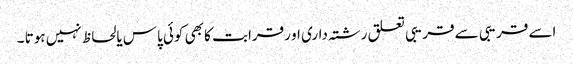
اسے قریبی سے قریبی تعلق رشتہ داری او رقرابت کا بھی کوئی پاس یالحاظ نہیں ہوتا ۔